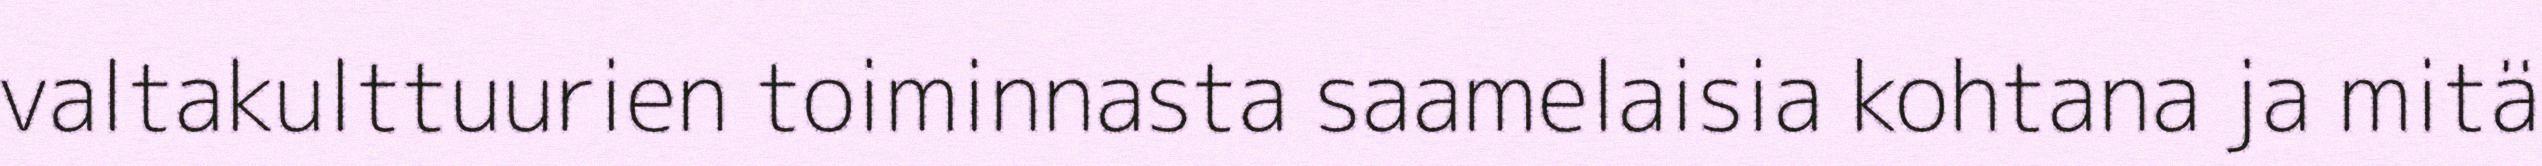
valtakulttuurien toiminnasta saamelaisia kohtana ja mitä